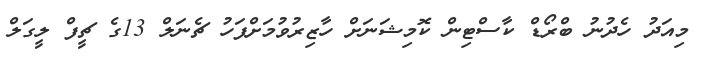
މިއަދު ހެދުނު ބްރޯޑް ކާސްޓިން ކޮމިޝަނަށް ހާޒިރުވުމަށްފަހު ޗެނަލް 13ގެ ޗީފް ލީގަލް